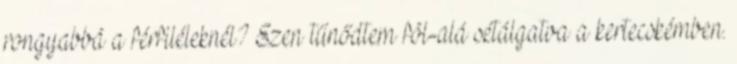
rongyabbá a férfiléleknél? Ezen tűnődtem föl-alá sétálgatva a kertecskémben.